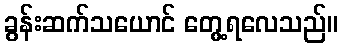
ခွန်းဆက်သယောင် တွေ့ရလေသည်။